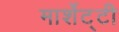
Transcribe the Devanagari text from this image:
मार्शेट्टी